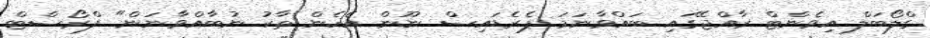
ގްލޯބަލް އިވެންޓް ރާއްޖޭގައި ބައްވާނަމަ ޕެރެޑައިސް ނޫން އެހެން ތާކު ނުބާއްވާނަން" ފްރޯސްޓް